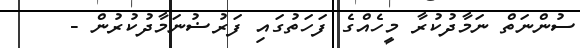
ސުންނަތް ނަމާދުކުރާ މީހެއްގެ ފަހަތުގައި ފަރުޟުނަމާދުކުރުން -